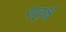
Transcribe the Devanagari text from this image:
गहश्च